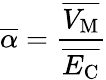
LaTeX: \overline{{\alpha}}=\frac{\overline{{V_{\mathrm{M}}}}}{\overline{{E_{\mathrm{C}}}}}